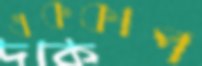
এককাপ